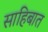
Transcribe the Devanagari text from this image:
साहिबात